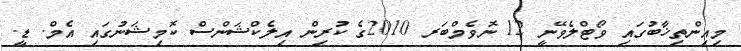
މިއިންތިޚާބުގައި ވޯޓްލެވޭނީ 12 ނޮވެމްބަރ 2010ގެ ކުރިން އިލެކްޝަންސް ކޮމިޝަނުގައި އެމް. ޑީ.